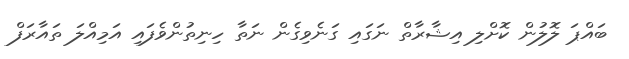
ބައްޕަ ލޮލުން ކޮށްލި އިޝާރާތް ނަގައި ގަނެވިގެން ނަތާ ހިނިތުންވެފައި އަމިއްލަ ތައާރަފް